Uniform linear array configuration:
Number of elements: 48
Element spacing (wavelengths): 0.75
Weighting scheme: binomial
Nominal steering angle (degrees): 60
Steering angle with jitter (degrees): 61.061
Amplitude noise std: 0.05
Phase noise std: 0.05

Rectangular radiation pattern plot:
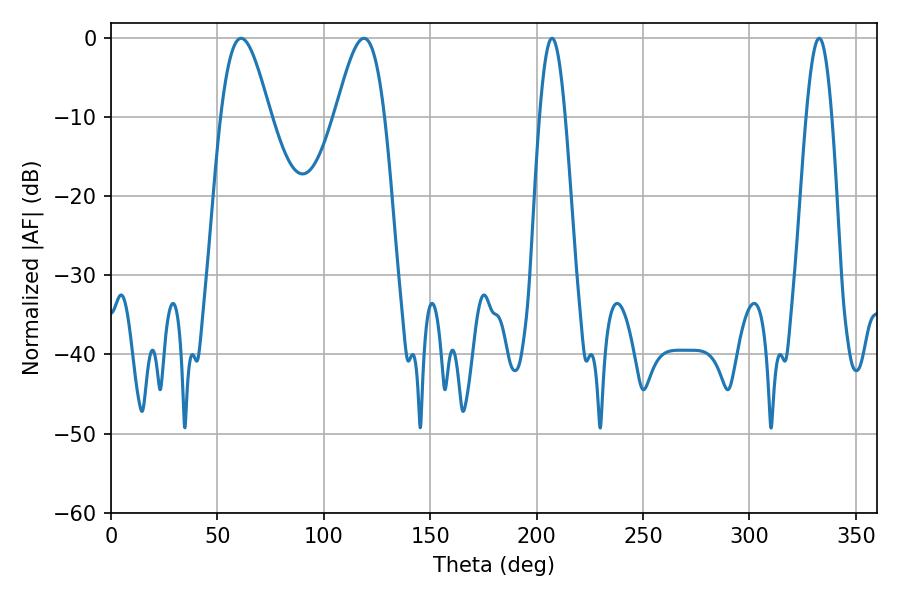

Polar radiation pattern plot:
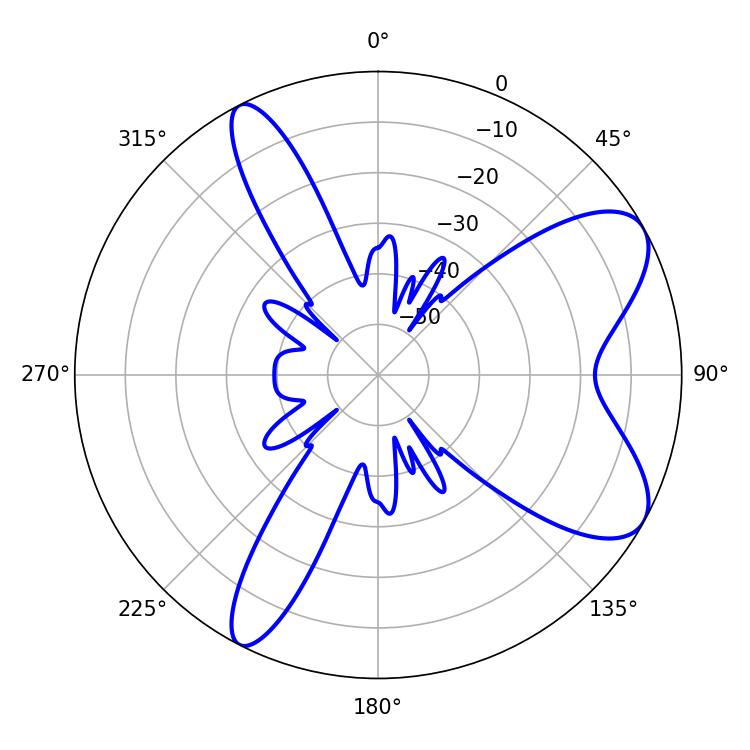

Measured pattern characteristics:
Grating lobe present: TRUE
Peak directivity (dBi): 7.999
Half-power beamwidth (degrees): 12.42
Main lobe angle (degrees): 61.2